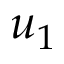
u _ { 1 }